Mental hospitals Bombay report 1921-28 - 1921-1928
Year: 1921
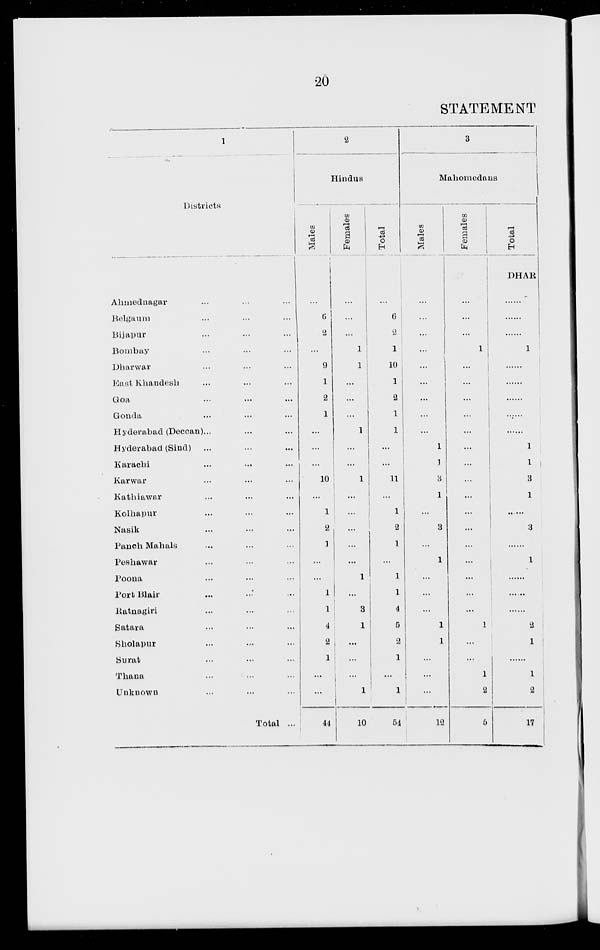
20
STATEMENT
1
Districts
Ahmednagar... ... ...
Belgaum... ... ...
Bijapur... ... ...
Bombay... ... ...
Dharwar... ... ...
East Khandesh... ... ...
Goa... ... ...
Gonda... ... ...
Hyderabad (Deccan)... ... ...
Hyderabad (Sind)... ... ...
Karachi... ... ...
Karwar... ... ...
Kathiawar... ... ...
Kolhapur... ... ...
Nasik... ... ...
Panch Mahals... ... ...
Peshawar... ... ...
Poona... ... ...
Port Blair... ... ...
Ratnagiri... ... ...
Satara... ... ...
Sholapur... ... ...
Surat... ... ...
Thana... ... ...
Unknown... ... ...
Total ...
2
Hindus
Males
...
6
2
...
9
1
2
1
...
...
...
10
...
1
2
1
...
...
1
1
4
2
1
...
...
44
Females
...
...
...
1
1
...
...
...
1
...
...
1
...
...
...
...
...
1
...
3
1
...
...
...
1
10
Total
...
6
2
1
10
1
2
1
1
...
...
11
...
1
2
1
...
1
1
4
5
2
1
...
1
54
3
Mahomedans
Males
...
...
...
...
...
...
...
...
...
1
1
3
1
...
3
...
1
...
...
...
1
1
...
...
...
12
Females
...
...
...
1
...
...
...
...
...
...
...
...
...
...
...
...
...
...
...
...
1
...
...
1
2
5
Total
DHAR
......
......
......
1
.
.
......
......
......
1
1
3
1
.
3
......
1
......
......
......
2
1
......
1
2
17